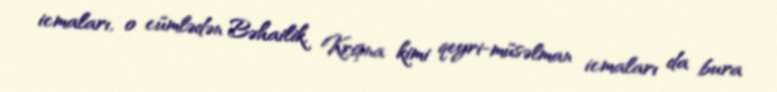
icmaları, o cümlədən Bəhailik, Krişna kimi qeyri-müsəlman icmaları da bura